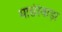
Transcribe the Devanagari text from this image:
माछीवाड़ा